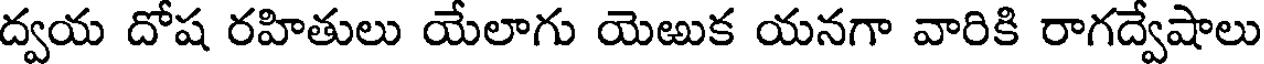
ద్వయ దోష రహితులు యేలాగు యెఱుక యనగా వారికి రాగద్వేషాలు